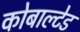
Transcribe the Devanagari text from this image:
कोबाल्टेड